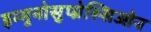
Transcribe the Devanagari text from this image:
इम्मुनोसुप्प्रेस्सिओन